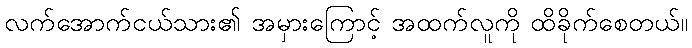
လက်အောက်ငယ်သား၏ အမှားကြောင့် အထက်လူကို ထိခိုက်စေတယ်။